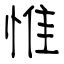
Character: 惟